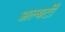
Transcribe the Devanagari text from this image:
अल्बर्टी